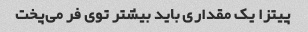
پیتزا یک مقداری باید بیشتر توی فر می‌پخت